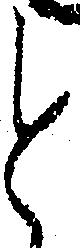
と